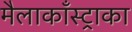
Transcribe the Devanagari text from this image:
मैलाकाँस्ट्राका